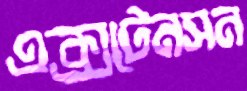
এক্সটেনসন